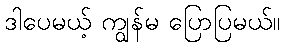
ဒါပေမယ့် ကျွန်မ ပြောပြမယ်။